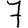
Digit: 7